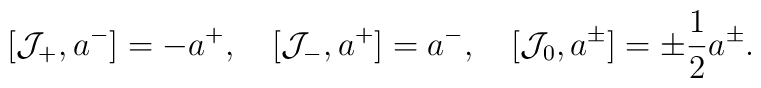
[{\cal J}_+,a^-]=-a^+,\quad[{\cal J}_-,a^+]=a^-,\quad[{\cal J}_0,a^\pm]=\pm\frac{1}{2}a^\pm.